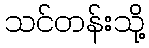
သင်တန်းသို့